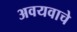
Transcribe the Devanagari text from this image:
अवयवाचे